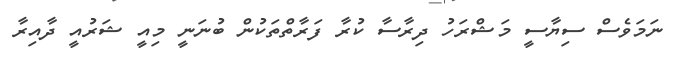
ނަމަވެސް ސިޔާސީ މަޝްރަހު ދިރާސާ ކުރާ ފަރާތްތަކުން ބުނަނީ މިއީ ޝަރުއީ ދާއިރާ